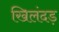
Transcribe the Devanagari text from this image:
खिलंदड़